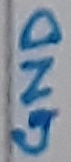
Text: GND